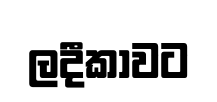
ලදීකාවට